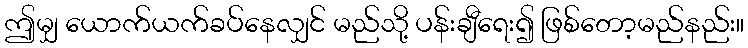
ဤမျှ ယောက်ယက်ခပ်နေလျှင် မည်သို့ ပန်းချီရေး၍ ဖြစ်တော့မည်နည်း။